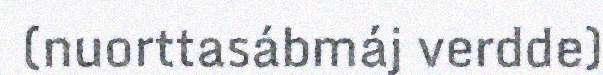
(nuorttasábmáj verdde)